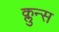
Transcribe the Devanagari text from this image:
क्लुन्स